Lunatic asylums in Bengal annual reports 1899-1911 - 1899-1911
Year: 1899
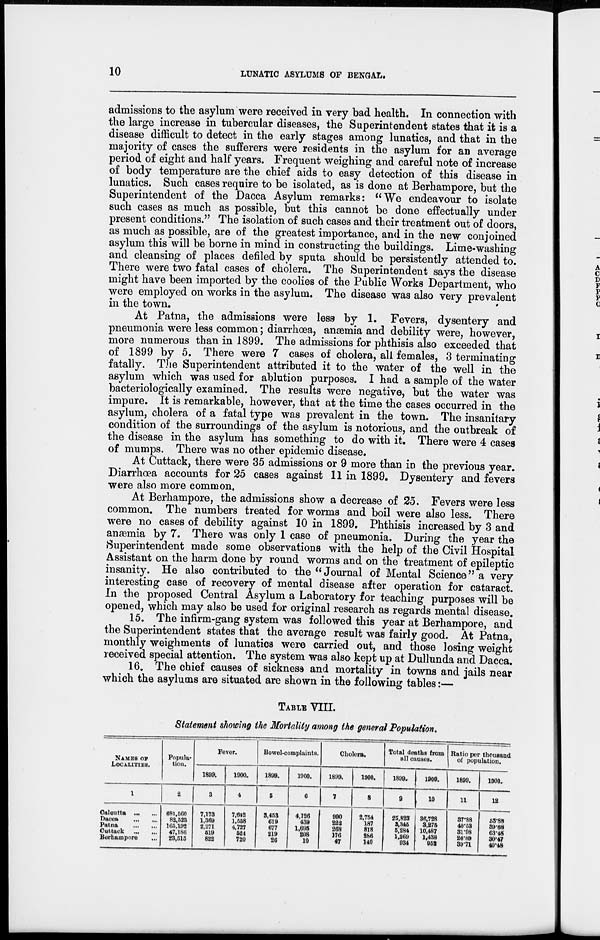
10
LUNATIC ASYLUMS OF BENGAL.
admissions to the asylum were received in very bad health. In connection with
the large increase in tubercular diseases, the Superintendent states that it is a
disease difficult to detect in the early stages among lunatics, and that in the
majority of cases the sufferers were residents in the asylum for an average
period of eight and half years. Frequent weighing and careful note of increase
of body temperature are the chief aids to easy detection of this disease in
lunatics. Such cases require to be isolated, as is done at Berhampore, but the
Superintendent of the Dacca Asylum remarks: " We endeavour to isolate
such cases as much as possible, but this cannot be done effectually under
present conditions." The isolation of such cases and their treatment out of doors,
as much as possible, are of the greatest importance, and in the new conjoined
asylum this will be borne in mind in constructing the buildings. Lime-washing
and cleansing of places defiled by sputa should be persistently attended to.
There were two fatal cases of cholera. The Superintendent says the disease
might have been imported by the coolies of the Public Works Department, who
were employed on works in the asylum. The disease was also very prevalent
in the town.
At Patna, the admissions were less by 1. Fevers, dysentery and
pneumonia were less common; diarrhœa, anæmia and debility were, however,
more numerous than in 1899. The admissions for phthisis also exceeded that
of 1899 by 5. There were 7 cases of cholera, all females, 3 terminating
fatally. The Superintendent attributed it to the water of the well in the
asylum which was used for ablution purposes. I had a sample of the water
bacteriologically examined. The results were negative, but the water was
impure. It is remarkable, however, that at the time the cases occurred in the
asylum, cholera of a fatal type was prevalent in the town. The insanitary
condition of the surroundings of the asylum is notorious, and the outbreak of
the disease in the asylum has something to do with it. There were 4 cases
of mumps. There was no other epidemic disease.
At Cuttack, there were 35 admissions or 9 more than in the previous year.
Diarrhœa accounts for 25 cases against 11 in 1899, Dysentery and fevers
were also more common.
At Berhampore, the admissions show a decrease of 25. Fevers were less
common. The numbers treated for worms and boil were also less. There
were no cases of debility against 10 in 1899. Phthisis increased by 3 and
anæmia by 7. There was only 1 case of pneumonia. During the year the
Superintendent made some observations with the help of the Civil Hospital
Assistant on the harm done by round worms and on the treatment of epileptic
insanity. He also contributed to the " Journal of Mental Science" a very
interesting case of recovery of mental disease after operation for cataract.
In the proposed Central Asylum a Laboratory for teaching purposes will be
opened, which may also be used for original research as regards mental disease.
15. The infirm-gang system was followed this year at Berhampore, and
the Superintendent states that the average result was fairly good. At Patna,
monthly weighments of lunatics were carried out, and those losing weight
received special attention. The system was also kept up at Dullunda and Dacca.
16. The chief causes of sickness and mortality in towns and jails near
which the asylums are situated are shown in the following tables:—
TABLE VIII.
Statement showing the Mortality among the general Population.
NAMES OF
LOCALITIES.
1
Calcutta ... ...
Dacca
...
...
Patna
...
...
Cuttack
...
...
Berhampore ...
Popula-
tion.
2
681,560
82,523
165,192
47,186
23,515
Fever.
1899.
3
7,173
1,360
2,271
519
822
1900.
4
7,642
1,558
4,727
524
720
Bowel-complaints.
1899.
6
3,453
619
677
219
26
1900.
6
4,126
439
1,695
208
10
Cholera.
1899.
7
990
222
268
176
47
1900.
8
2,754
187
818
286
140
Total deaths from
all causes.
1899.
9
25,823
3,346
5,284
1.269
934
1900.
10
36,728
3,275
10,487
1,438
952
Ratio per thousand
of population.
1899.
11
37.88
40.53
31.98
26.89
39.71
1900.
12
53.88
39.68
63.48
30.47
40.48